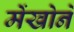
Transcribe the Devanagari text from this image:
मेंखोने